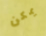
يمكن